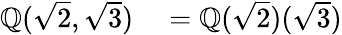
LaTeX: \begin{array}{rl}{\mathbb{Q}({\sqrt{2}},{\sqrt{3}})}&{{}=\mathbb{Q}({\sqrt{2}})({\sqrt{3}})}\end{array}